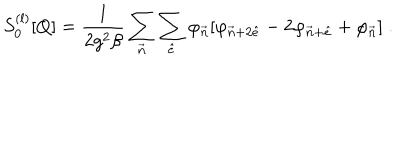
S _ { 0 } ^ { ( l ) } [ Q ] = { \frac { l } { 2 g ^ { 2 } \beta } } \sum _ { { \vec { n } } } \sum _ { { \hat { e } } } \varphi _ { { \vec { n } } } [ \varphi _ { { \vec { n } } + 2 { \hat { e } } } - 2 \varphi _ { { \vec { n } } + { \hat { e } } } + \varphi _ { \vec { n } } ] \; .